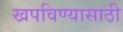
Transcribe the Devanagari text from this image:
खपविण्यासाठी